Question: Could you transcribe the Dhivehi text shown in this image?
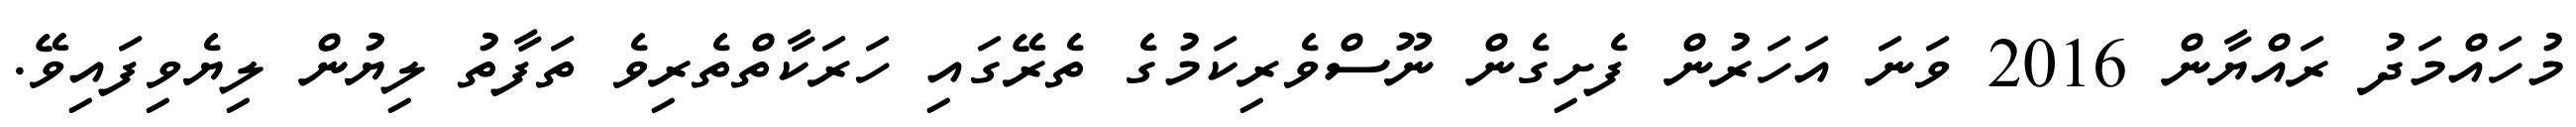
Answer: މުހައްމަދު ރައްޔާން 2016 ވަނަ އަހަރުން ފެށިގެން ނޫސްވެރިކަމުގެ ތެރޭގައި ހަރަކާތްތެރިވެ ތަފާތު ލިޔުން ލިޔެވިފައިވޭ.